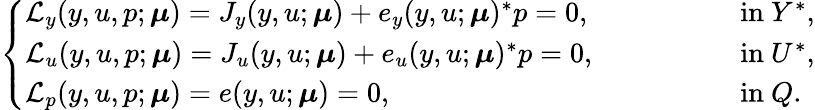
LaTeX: \begin{array}{r}{\left\{ \begin{array}{ll}{\mathcal{L}_{y}(y,u,p;\boldsymbol{\mu})=J_{y}(y,u;\boldsymbol{\mu})+e_{y}(y,u;\boldsymbol{\mu})^{*}p=0,}&{\qquad\qquad\mathrm{~in~}Y^{*},}\\ {\mathcal{L}_{u}(y,u,p;\boldsymbol{\mu})=J_{u}(y,u;\boldsymbol{\mu})+e_{u}(y,u;\boldsymbol{\mu})^{*}p=0,}&{\qquad\qquad\mathrm{~in~}U^{*},}\\ {\mathcal{L}_{p}(y,u,p;\boldsymbol{\mu})=e(y,u;\boldsymbol{\mu})=0,}&{\qquad\qquad\mathrm{~in~}Q.}\end{array}\right.}\end{array}